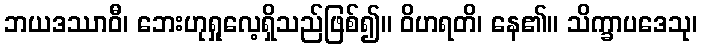
ဘယဒဿာဝီ၊ ဘေးဟုရှုလေ့ရှိသည်ဖြစ်၍။ ဝိဟရတိ၊ နေ၏။ သိက္ခာပဒေသု၊